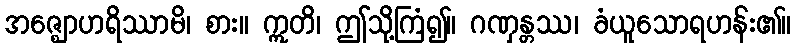
အဇ္ဈောဟရိဿာမိ၊ စား။ ဣတိ၊ ဤသို့ကြံ၍။ ဂဏှန္တဿ၊ ခံယူသောရဟန်း၏။